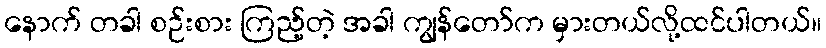
နောက် တခါ စဉ်းစား ကြည့်တဲ့ အခါ ကျွန်တော်က မှားတယ်လို့ထင်ပါတယ်။